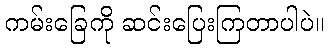
ကမ်းခြေကို ဆင်းပြေးကြတာပါပဲ။